Madras plague regulations in force outside the Presidency town - Volume 2
Disease focus: Plague
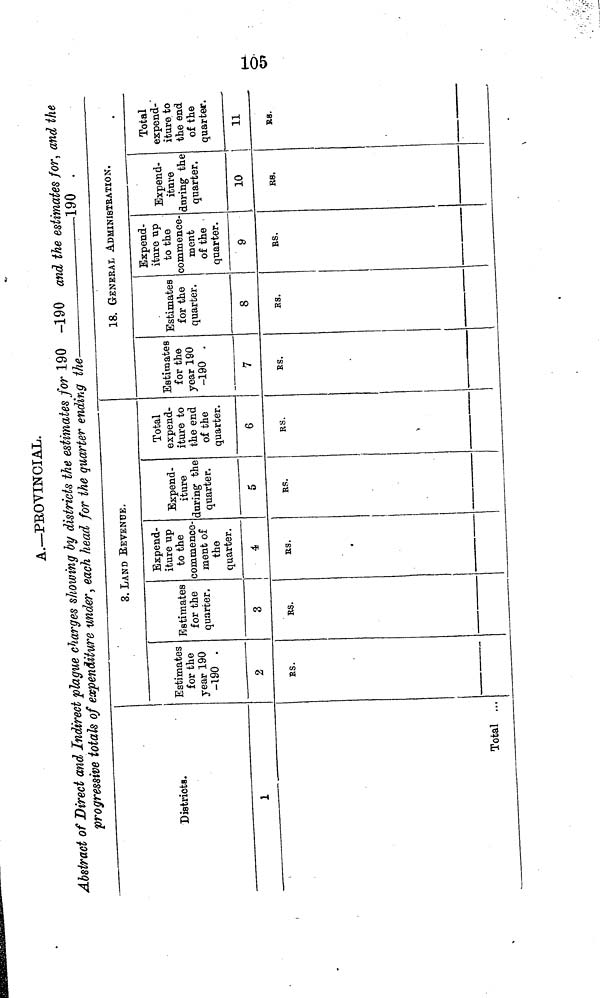
105
A.—PROVINCIAL.
Abstract of Direct and Indirect plague charges showing by districts the estimates for 190 -190
and the estimates for, and the
progressive totals of expenditure under, each head for the quarter ending the
190
Districts.
1
Total ...
Estimates
for the
year 190
-190
2
ES.
3.]
Estimates
for the
quarter.
3
ES.
LAND REVER
Expend-
iture up
to the
commence-
ment of
the
quarter.
4
ES.
NUE.
Expend-
iture
during the
quarter.
5
RS.
Total
expend-
iture to
the end
of the
quarter.
6
RS.
_ .
___
Estimates
for the
year 190
-190
7
ES.
18. GENI
Estimates
for the
quarter.
8
RS.
RAL ADMIN
Expend-
iture up
to the
commence-
ment
of the
quarter.
9
ES.
DISTRIBUTION.
Expend-
iture
during the
quarter.
10
R8.
Total
expend-
iture to
the end
of the
quarter.
11
RS.